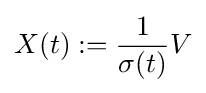
X(t):={\frac {1}{\sigma (t)}}V